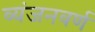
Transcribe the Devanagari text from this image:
व्यंजनवर्ण